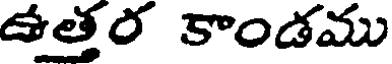
ఉత్తర కాండము